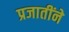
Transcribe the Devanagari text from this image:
प्रजातींने